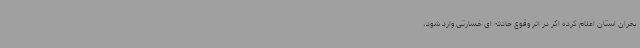
بحران استان اعلام کرده اگر در اثر وقوع حادثه ای خسارتی وارد شود،